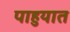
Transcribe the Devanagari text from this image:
पाहुयात